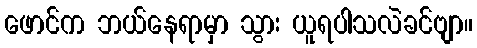
ဖောင်က ဘယ်နေရာမှာ သွား ယူရပါသလဲခင်ဗျာ။